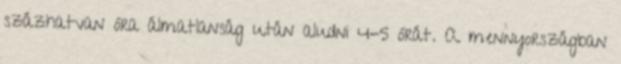
százhatvan óra álmatlanság után aludni 4-5 órát. A mennyországban